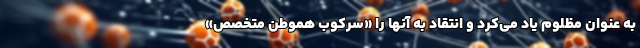
به‌ عنوان مظلوم یاد می‌کرد و انتقاد به آنها را «سرکوب هموطن متخصص»